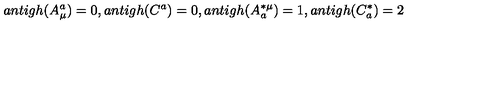
a n t i g h ( A _ { \mu } ^ { a } ) = 0 , a n t i g h ( C ^ { a } ) = 0 , a n t i g h ( A _ { a } ^ { * \mu } ) = 1 , a n t i g h ( C _ { a } ^ { * } ) = 2